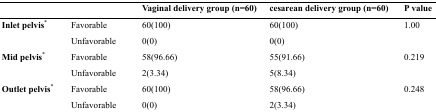
<table><thead><tr><td colspan="2"></td><td><b>Vaginal delivery group (n=60)</b></td><td><b>cesarean delivery group (n=60)</b></td><td><b>P value</b></td></tr></thead><tbody><tr><td rowspan="2"><b>Inlet pelvis*</b></td><td>Favorable</td><td>60(100)</td><td>60(100)</td><td>1.00</td></tr><tr><td>Unfavorable</td><td>0(0)</td><td>0(0)</td><td></td></tr><tr><td rowspan="2"><b>Mid pelvis*</b></td><td>Favorable</td><td>58(96.66)</td><td>55(91.66)</td><td>0.219</td></tr><tr><td>Unfavorable</td><td>2(3.34)</td><td>5(8.34)</td><td></td></tr><tr><td rowspan="2"><b>Outlet pelvis*</b></td><td>Favorable</td><td>60(100)</td><td>58(96.66)</td><td>0.248</td></tr><tr><td>Unfavorable</td><td>0(0)</td><td>2(3.34)</td><td></td></tr></tbody></table>